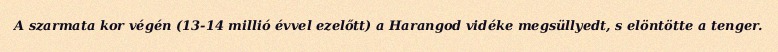
A szarmata kor végén (13-14 millió évvel ezelőtt) a Harangod vidéke megsüllyedt, s elöntötte a tenger.